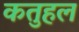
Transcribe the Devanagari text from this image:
कतुहल